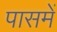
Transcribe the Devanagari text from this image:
पासमें